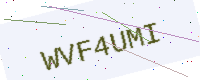
Text: WVF4UMI